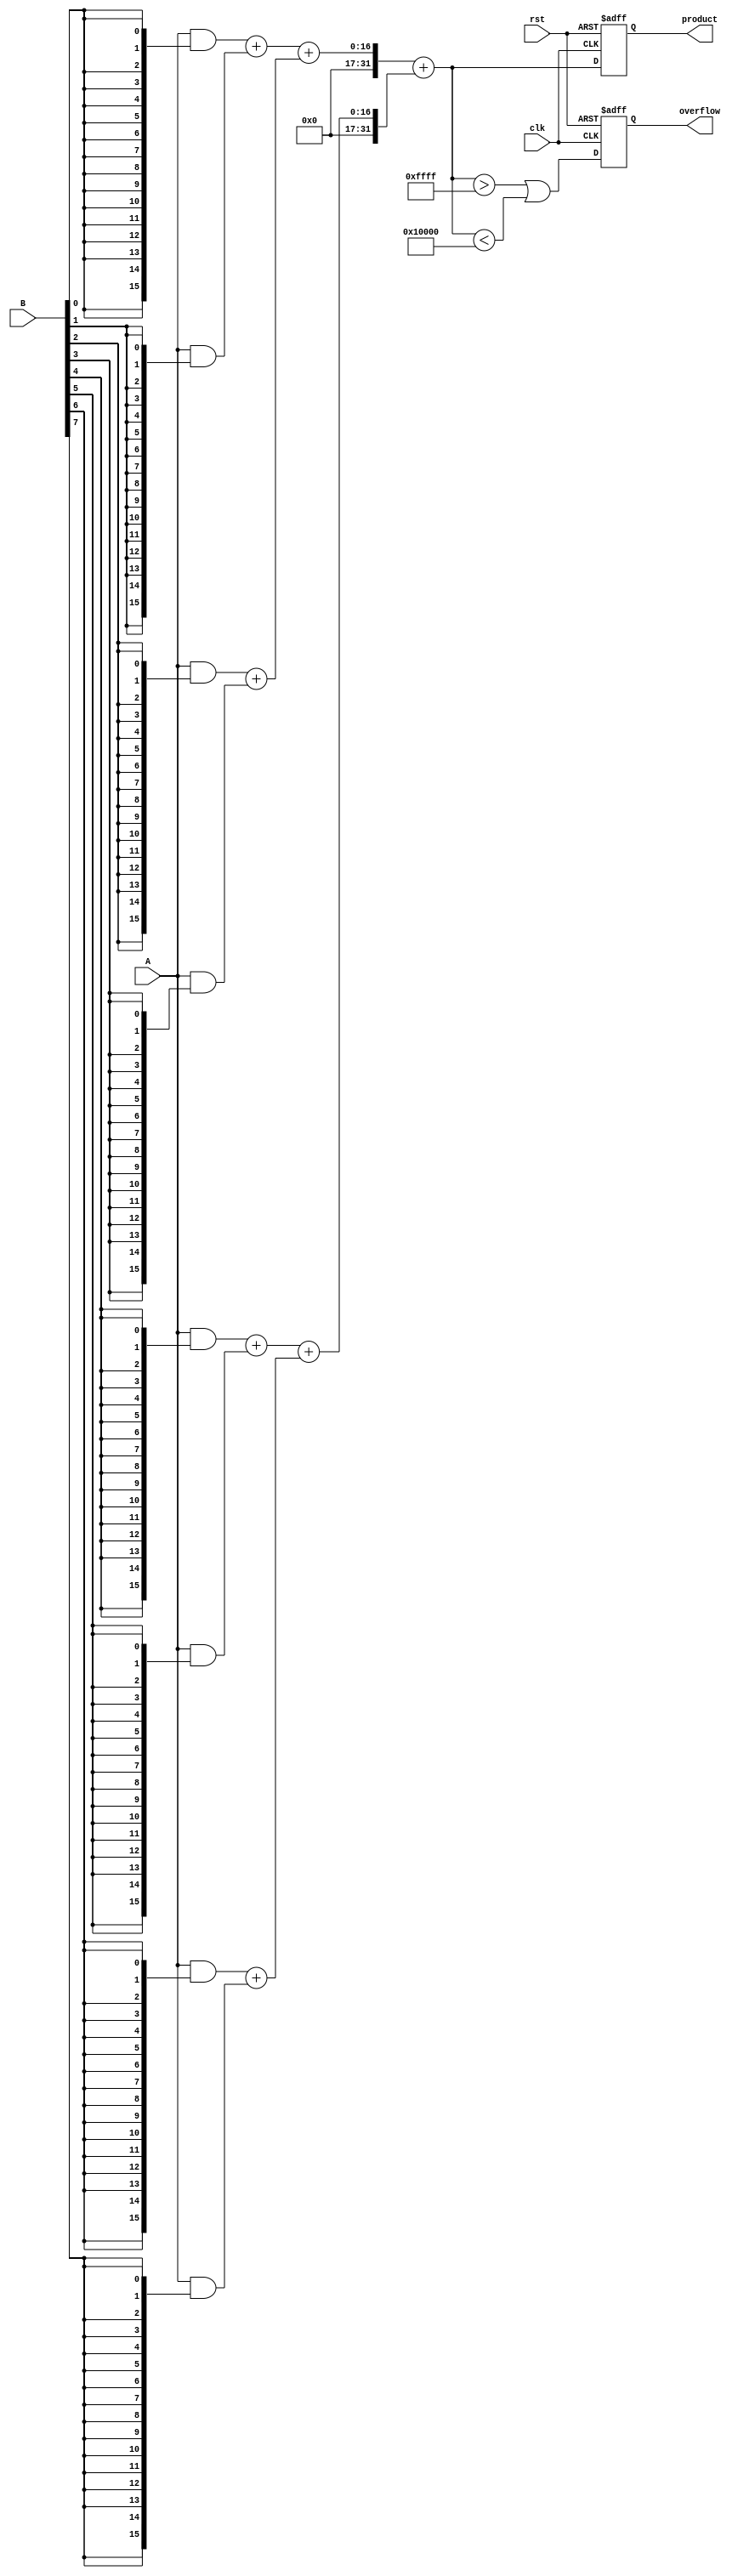
module FixedPointWallaceTreeMultiplier #(
    parameter N = 16 // Total number of bits for fixed-point representation
)(
    input wire clk,
    input wire rst,
    input wire signed [N-1:0] A, // Multiplicand
    input wire signed [N-1:0] B, // Multiplier
    output reg signed [2*N-1:0] product, // Product output
    output reg overflow // Overflow flag
);

    // Partial product generation
    wire [N-1:0] partial_products[N-1:0];

    genvar i;
    generate
        for (i = 0; i < N; i = i + 1) begin: gen_partial_products
            assign partial_products[i] = A & {N{B[i]}};
        end
    endgenerate

    // Wallace tree reduction
    wire [2*N-1:0] stage1_sums [N/2-1:0];
    wire [N/2:0] stage1_carries [N/2-1:0];
    
    // First stage: Combine pairs of partial products
    generate
        for (i = 0; i < N/2; i = i + 1) begin: stage1
            wire [N-1:0] pp1 = partial_products[2*i];
            wire [N-1:0] pp2 = (2*i+1 < N) ? partial_products[2*i+1] : 0;

            // Sum using a full adder
            assign {stage1_carries[i], stage1_sums[i]} = pp1 + pp2;
        end
    endgenerate

    // Second stage: Reduce sums and carries
    wire [2*N-1:0] stage2_sums [N/4-1:0];
    wire [N/4:0] stage2_carries [N/4-1:0];

    generate
        for (i = 0; i < N/4; i = i + 1) begin: stage2
            wire [N-1:0] s1 = (2*i < N/2) ? stage1_sums[2*i] : 0;
            wire [N-1:0] s2 = (2*i + 1 < N/2) ? stage1_sums[2*i + 1] : 0;
            assign {stage2_carries[i], stage2_sums[i]} = s1 + s2;
        end
    endgenerate

    // Final addition
    wire [2*N-1:0] final_sum;
    wire [2*N-1:0] final_carry;

    assign {final_carry, final_sum} = stage2_sums[0] + stage2_sums[1];

    // Output logic
    always @(posedge clk or posedge rst) begin
        if (rst) begin
            product <= 0;
            overflow <= 0;
        end else begin
            // Assign final product
            product <= final_sum;

            // Overflow detection
            overflow <= (final_sum > {1'b0, {N{1'b1}}}) || (final_sum < {1'b1, {N{1'b0}}});
        end
    end

endmodule